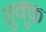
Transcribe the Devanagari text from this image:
तुक्कु